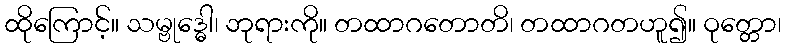
ထိုကြောင့်။ သမ္ဗုဒ္ဓေါ၊ ဘုရားကို။ တထာဂတောတိ၊ တထာဂတဟူ၍။ ဝုတ္တော၊